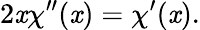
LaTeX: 2\mathit{x}\chi^{\prime\prime}(\mathit{x})=\chi^{\prime}(\mathit{x}).